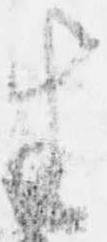
坐